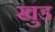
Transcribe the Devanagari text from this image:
खुड